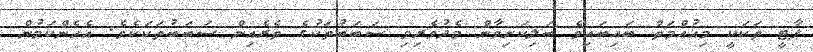
ޕާޓީ ތަކަކީ މިއުއްމަތް ބައިބައިވެ ބަލިކަށިވާން މެދުވެރިވި ސަބަބުތަކުގެ ތެރެއިން ސަބަބުތަކަކެވެ. އެހެންކަމުން